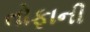
તોફાની